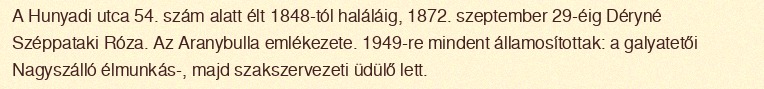
A Hunyadi utca 54. szám alatt élt 1848-tól haláláig, 1872. szeptember 29-éig Déryné Széppataki Róza. Az Aranybulla emlékezete. 1949-re mindent államosítottak: a galyatetői Nagyszálló élmunkás-, majd szakszervezeti üdülő lett.